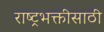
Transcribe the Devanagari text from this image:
राष्ट्रभक्तीसाठी